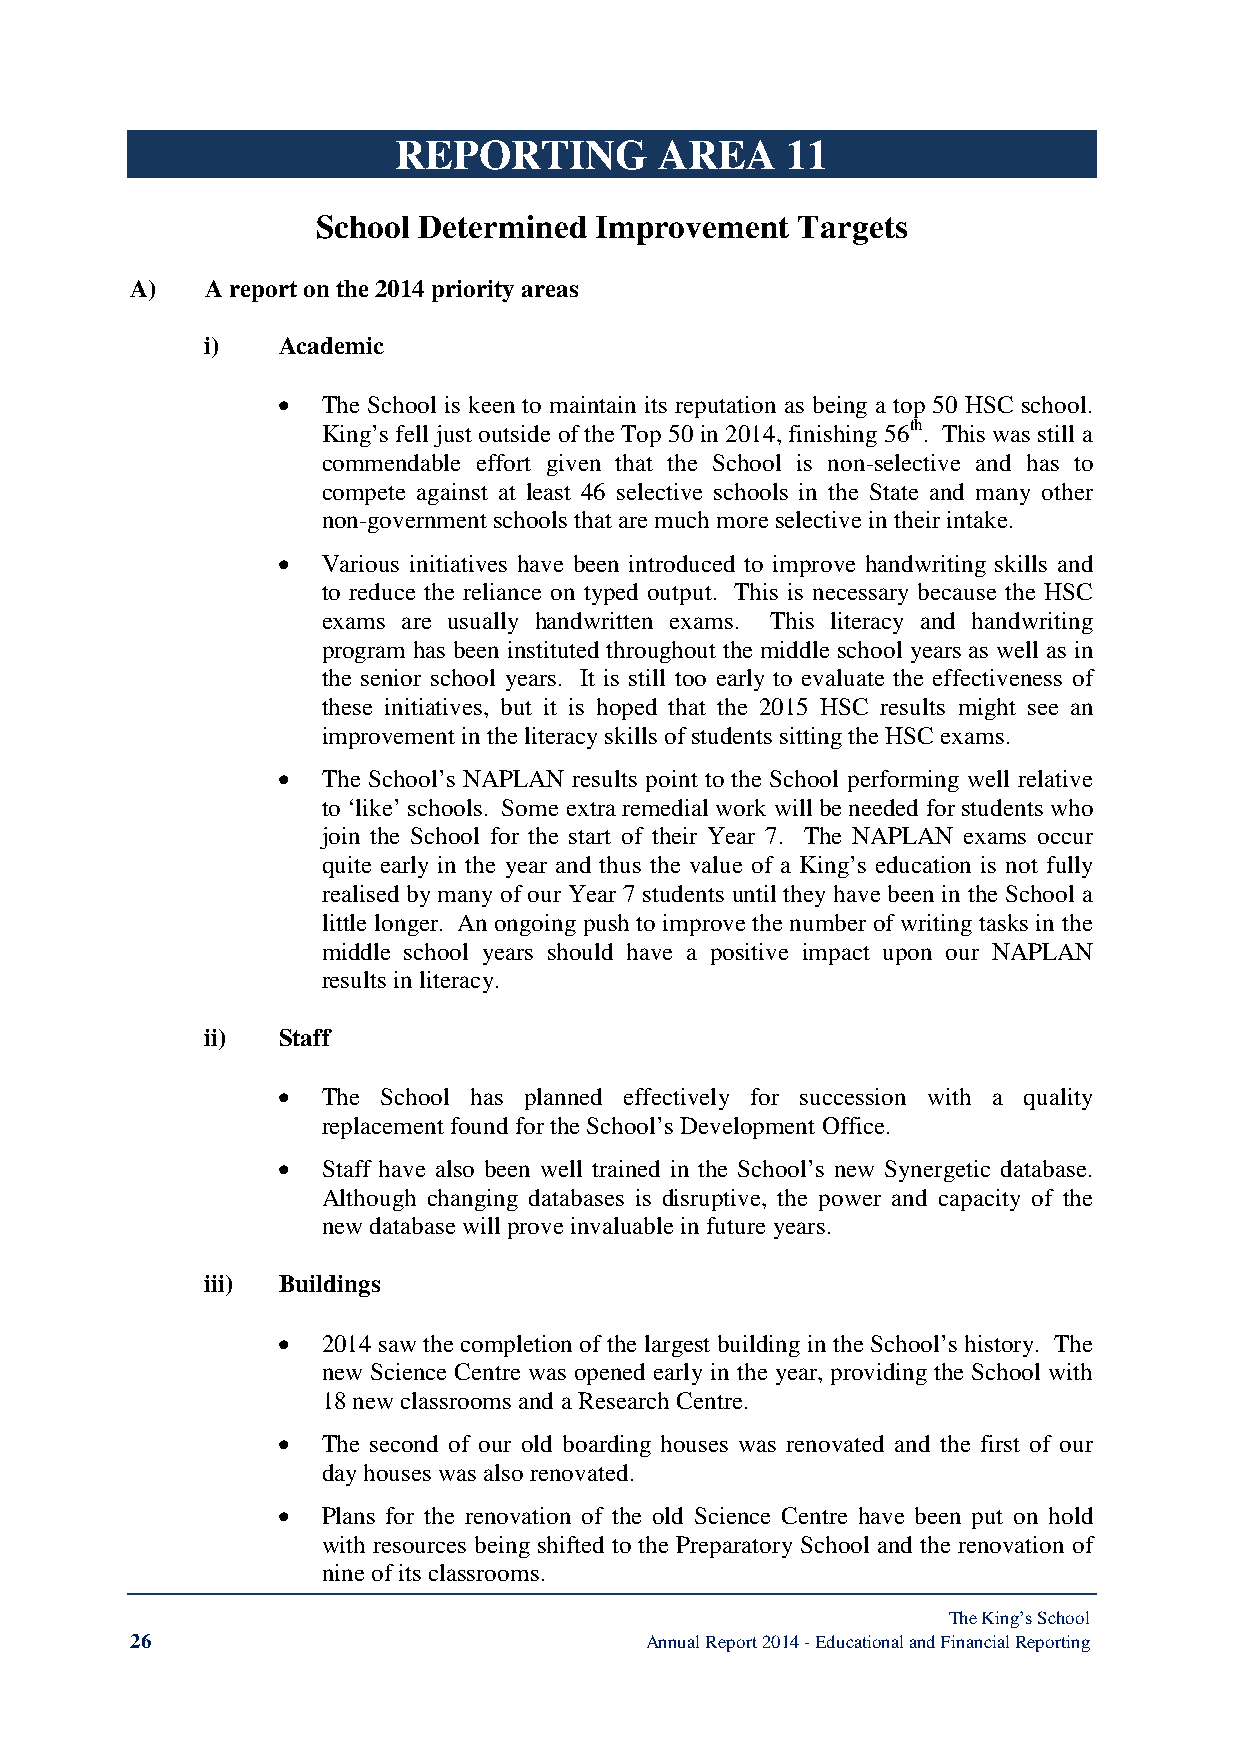
REPORTING         AREA    11
 School Determined Improvement   Targets
 A)   A report on the 2014 priority areas
 i)   Academic
 •  The School is keen to maintain its reputation as being a top 50 HSC school.
 King’s fell just outside of the Top 50 in 2014, finishing 56th. This was still a
 commendable effort given that the School is non-selective and has to
 compete against at least 46 selective schools in the State and many other
 non-government schools that are much more selective in their intake.
 •  Various initiatives have been introduced to improve handwriting skills and
 to reduce the reliance on typed output. This is necessary because the HSC
 exams are usually handwritten exams. This literacy and handwriting
 program has been instituted throughout the middle school years as well as in
 the senior school years. It is still too early to evaluate the effectiveness of
 these initiatives, but it is hoped that the 2015 HSC results might see an
 improvement in the literacy skills of students sitting the HSC exams.
 •  The School’s NAPLAN results point to the School performing well relative
 to ‘like’ schools. Some extra remedial work will be needed for students who
 join the School for the start of their Year 7. The NAPLAN exams occur
 quite early in the year and thus the value of a King’s education is not fully
 realised by many of our Year 7 students until they have been in the School a
 little longer. An ongoing push to improve the number of writing tasks in the
 middle school years should have a positive impact upon our NAPLAN
 results in literacy.
 ii)  Staff
 •  The School has planned effectively for succession with a quality
 replacement found for the School’s Development Office.
 •  Staff have also been well trained in the School’s new Synergetic database.
 Although changing databases is disruptive, the power and capacity of the
 new database will prove invaluable in future years.
 iii) Buildings
 •  2014 saw the completion of the largest building in the School’s history. The
 new Science Centre was opened early in the year, providing the School with
 18 new classrooms and a Research Centre.
 •  The second of our old boarding houses was renovated and the first of our
 day houses was also renovated.
 •  Plans for the renovation of the old Science Centre have been put on hold
 with resources being shifted to the Preparatory School and the renovation of
 nine of its classrooms.
 The King’s School
 26                                Annual Report 2014 - Educational and Financial Reporting